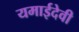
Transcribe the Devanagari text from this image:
यमाईदेवी